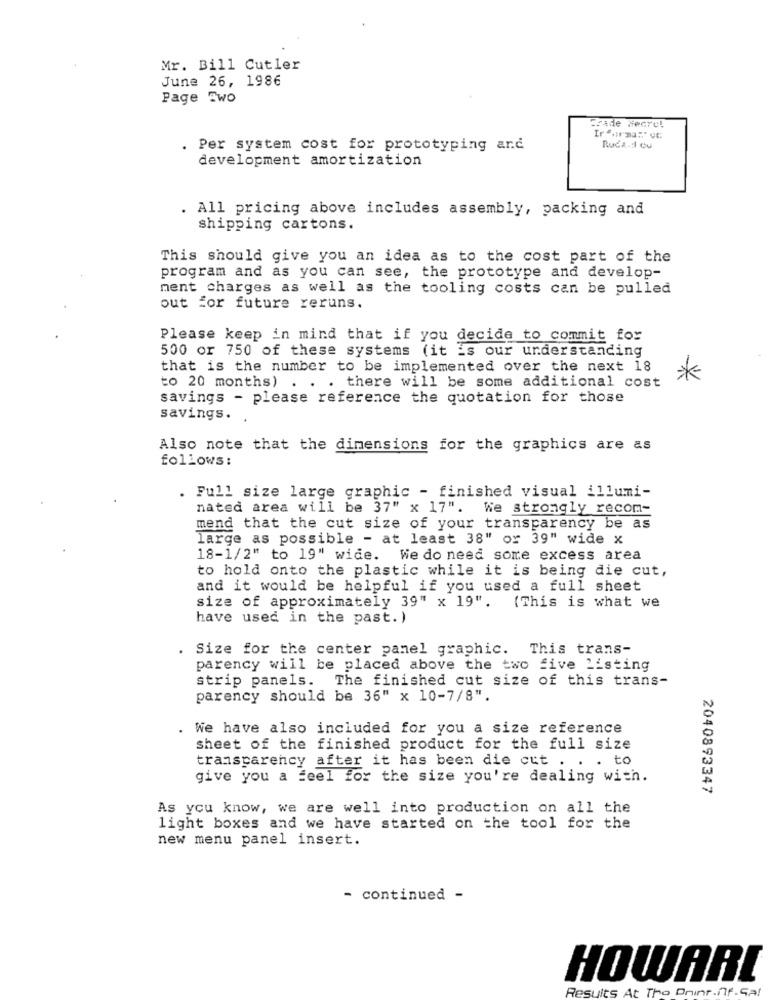
Mr. Bill Cutler
June 26, 1986
Page Ewo
Frade HeGre!
Ir firma:" VG
. Per system cost for prototyping and
Ruca .: Ou
development amortization
. All pricing above includes assembly, packing and
shipping cartons.
This should give you an idea as to the cost part of the
program and as you can see, the prototype and develop-
ment charges as well as the tooling costs can be pulled
out for future reruns.
Please keep in mind that if you decide to commit for
500 or 750 of these systems (it is our understanding
that is the number to be implemented over the next 18
to 20 months)
. there will be some additional cost
*
savings - please reference the quotation for those
savings.
Also note that the dimensions for the graphics are as
follows :
. Full size large graphic - finished visual illumi-
nated area will be 37" x 17". We strongly recom-
mend that the cut size of your transparency be as
large as possible - at least 38" or 39" wide x
18-1/2" to 19" wide. Wie do need some excess area
to hold onto the plastic while it is being die cut,
and it would be helpful if you used a full sheet
size of approximately 39" x 19". (This is what we
have used in the past.)
Size for the center panel graphic. This trans-
parency will be placed above the two five Listing
strip panels. The finished cut size of this trans-
parency should be 36" x 10-7/8".
. We have also included for you a size reference
sheet of the finished product for the full size
transparency after it has been die cut . . . to
give you a feel for the size you're dealing with.
2040893347
As you know, we are well into production on all the
light boxes and we have started on the tool for the
new menu panel insert.
- continued -
HOWARI
Results At Tho Dninr.nf.Sa!